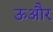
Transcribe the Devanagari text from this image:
ऊऔर